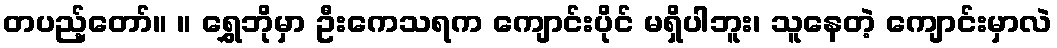
တပည့်တော်။ ။ ရွှေဘိုမှာ ဦးကေသရက ကျောင်းပိုင် မရှိပါဘူး၊ သူနေတဲ့ ကျောင်းမှာလဲ